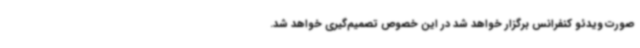
صورت ویدئو کنفرانس برگزار خواهد شد در این خصوص تصمیم‌گیری خواهد شد.